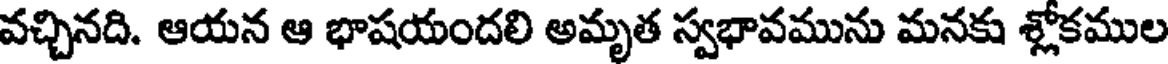
వచ్చినది. ఆయన ఆ భాషయందలి అమృత స్వభావమును మనకు శ్లోకముల